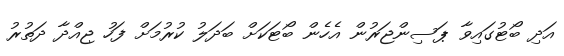
އަދި ބޯޓުގައިވާ ޕަސިންޖަރުން އެހެން ބޯޓަކަށް ބަދަލު ކުރުމަށް ފަހު ޖިއްދާ ދަތުރު